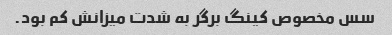
سس مخصوص کینگ برگر به شدت میزانش کم بود.